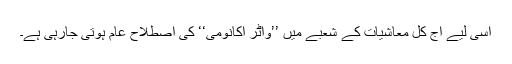
اسی لیے آج کل معاشیات کے شعبے میں ’’واٹر اکانومی‘‘ کی اصطلاح عام ہوتی جارہی ہے۔